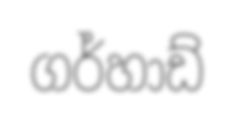
ගර්හාඩ්